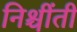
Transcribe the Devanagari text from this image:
निश्चींती